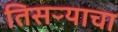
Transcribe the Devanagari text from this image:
तिसऱ्याचा